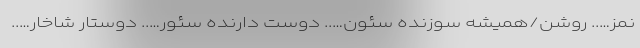
نمز….. روشن/همیشه سوزنده سئون….. دوست دارنده سئور….. دوستار شاخار…..